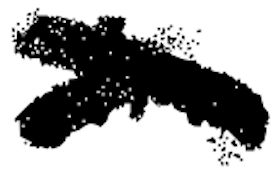
Text: in
Cross-out: cross
Writing tool: digital_black